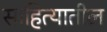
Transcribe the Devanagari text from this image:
साहित्‍यातील